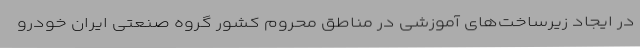
در ایجاد زیرساخت‌های آموزشی در مناطق محروم کشور گروه صنعتی ایران خودرو